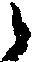
候